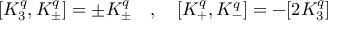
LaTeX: [ K _ { 3 } ^ { q } , K _ { \pm } ^ { q } ] = \pm K _ { \pm } ^ { q } \quad , \quad [ K _ { + } ^ { q } , K _ { - } ^ { q } ] = - [ 2 K _ { 3 } ^ { q } ]